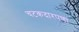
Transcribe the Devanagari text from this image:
चटकदारपणा